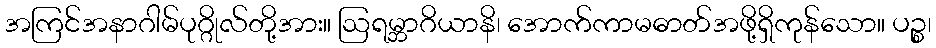
အကြင်အနာဂါမ်ပုဂ္ဂိုလ်တို့အား။ ဩရမ္ဘာဂိယာနိ၊ အောက်ကာမဓာတ်အဖို့ရှိကုန်သော။ ပဉ္စ၊